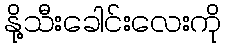
နို့သီးခေါင်းလေးကို